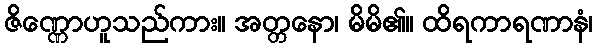
ဇိဏ္ဏောဟူသည်ကား။ အတ္တနော၊ မိမိ၏။ ထိရကာရဏာနံ၊